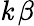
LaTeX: \mathit{k}\, \beta